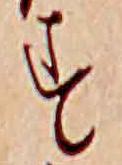
す